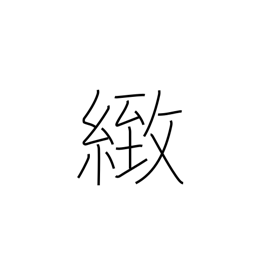
Meaning: fine (i.e. not coarse)